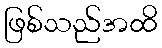
ဖြစ်သည်အထိ